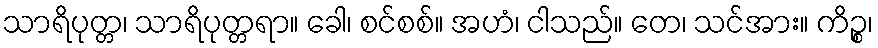
သာရိပုတ္တ၊ သာရိပုတ္တရာ။ ခေါ၊ စင်စစ်။ အဟံ၊ ငါသည်။ တေ၊ သင်အား။ ကိဉ္စ၊